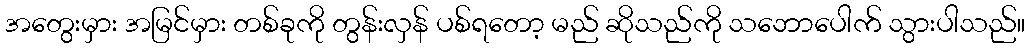
အတွေးမှား အမြင်မှား တစ်ခုကို တွန်းလှန် ပစ်ရတော့ မည် ဆိုသည်ကို သဘောပေါက် သွားပါသည်။